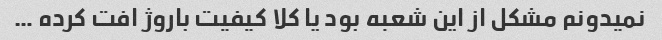
نمیدونم مشکل از این شعبه بود یا کلا کیفیت باروژ افت کرده …